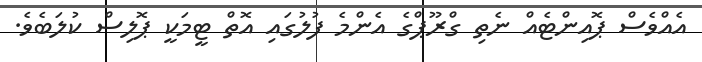
އެއްވެސް ޕޮއިންޓެއް ނެތި ގްރޫޕްގެ އެންމެ ފުލުގައި އޮތް ޓީމަކީ ޕޮލިސް ކުލަބެވެ.